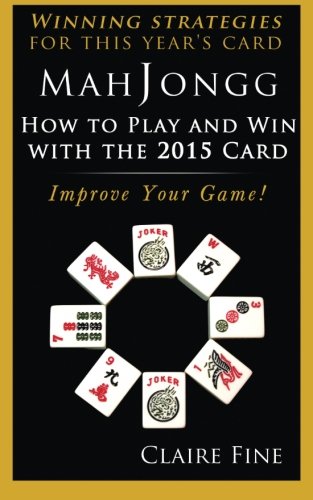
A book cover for MahJongg: How to Play and Win With the 2015 Card; Claire Fine; Humor & Entertainment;